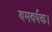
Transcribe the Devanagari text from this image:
बमवर्षक।